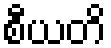
စီယတိ